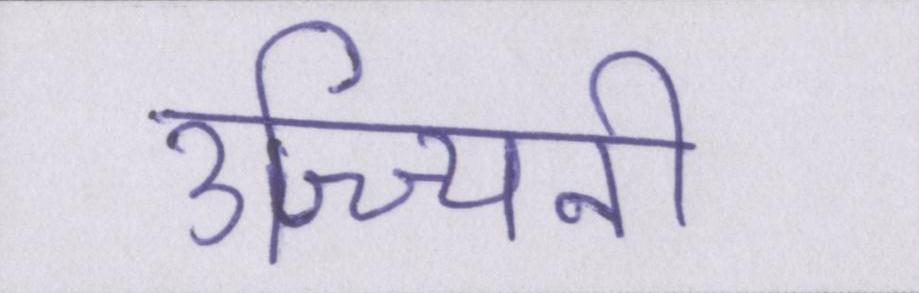
उज्ज्यिनी